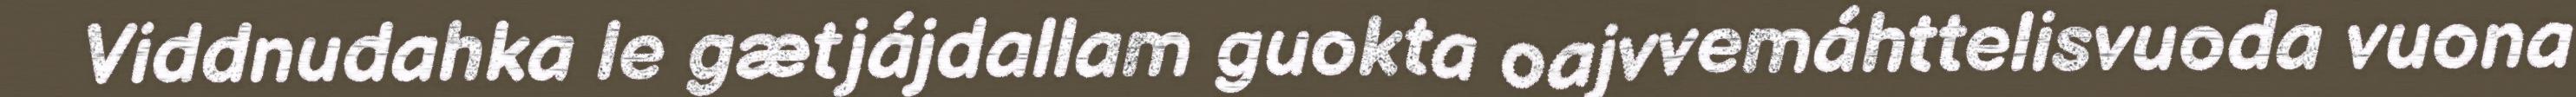
Viddnudahka le gætjájdallam guokta oajvvemáhttelisvuoda vuona